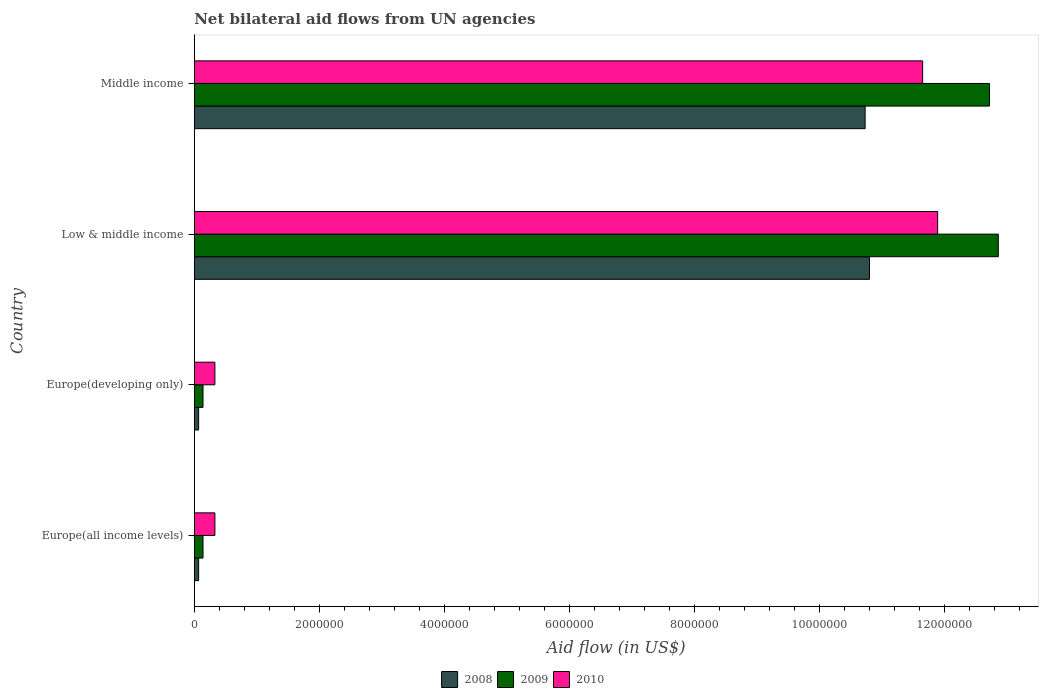
| Country | 2008 | 2009 | 2010 |
 | --- | --- | --- | --- |
 | Europe(all income levels) | 7e+04 | 1.4e+05 | 3.3e+05 |
 | Europe(developing only) | 7e+04 | 1.4e+05 | 3.3e+05 |
 | Low & middle income | 1.08e+07 | 1.29e+07 | 1.19e+07 |
 | Middle income | 1.07e+07 | 1.27e+07 | 1.16e+07 |